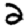
Digit: 2